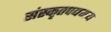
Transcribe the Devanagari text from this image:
संस्कृतपद्यमय